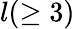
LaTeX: l(\geq 3)